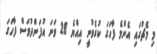
މި މެޗުގައި އެންމެ ފާހަގަ ކުރެވުނީ އިއްޔެ 28 ވަނަ އުފަންދުވަސް ފާހަގަ